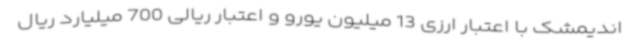
اندیمشک با اعتبار ارزی 13 میلیون یورو و اعتبار ریالی 700 میلیارد ریال